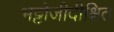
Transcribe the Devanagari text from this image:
भट्टोजीदीक्षित